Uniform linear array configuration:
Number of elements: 32
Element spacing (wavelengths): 0.25
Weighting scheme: uniform
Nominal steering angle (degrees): -60
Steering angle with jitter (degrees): -60.265
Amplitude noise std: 0.05
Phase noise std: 0.05

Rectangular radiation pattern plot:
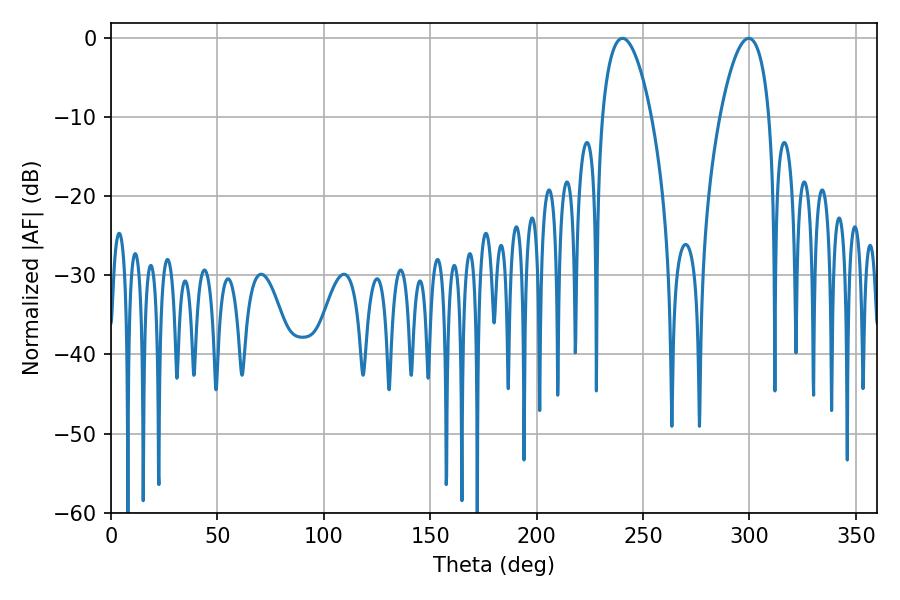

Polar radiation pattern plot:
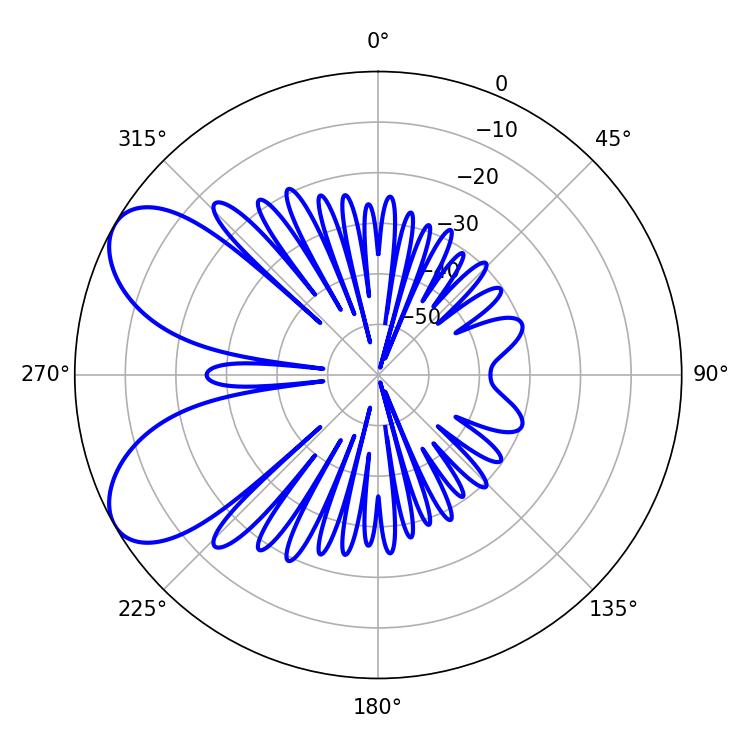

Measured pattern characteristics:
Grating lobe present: FALSE
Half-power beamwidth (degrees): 12.96
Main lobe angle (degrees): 299.7